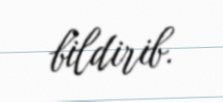
bildirib.